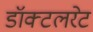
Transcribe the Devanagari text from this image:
डॉक्टलरेट